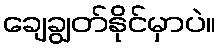
ချေချွတ်နိုင်မှာပဲ။